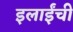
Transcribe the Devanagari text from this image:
इलाईंची